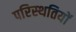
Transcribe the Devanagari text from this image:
परिस्‍थतियों